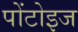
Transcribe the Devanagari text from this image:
पोंटोइज